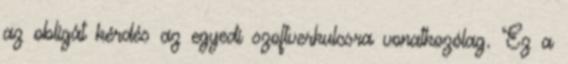
az obligát kérdés az egyedi szoftverkulcsra vonatkozólag. Ez a